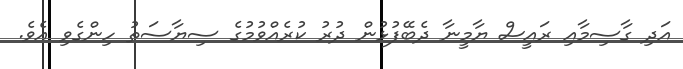
އަދި ގާސިމާއި ރައީސް ޔާމީނާ ދެބޭފުޅުން ދުރު ކުރެއްވުމުގެ ސިޔާސަތު ހިންގެވި އެވެ.